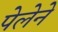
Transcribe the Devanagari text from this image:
पेलेने